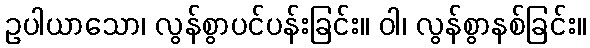
ဥပါယာသော၊ လွန်စွာပင်ပန်းခြင်း။ ဝါ၊ လွန်စွာနစ်ခြင်း။